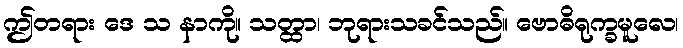
ဤတရား ဒေ သ နာကို။ သတ္ထာ၊ ဘုရားသခင်သည်။ ဗောဓိရုက္ခမူလေ၊